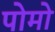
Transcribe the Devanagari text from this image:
पोमो